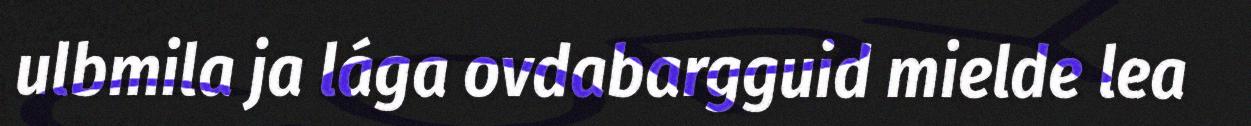
ulbmila ja lága ovdabargguid mielde lea